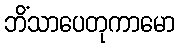
ဘိံသာပေတုကာမော